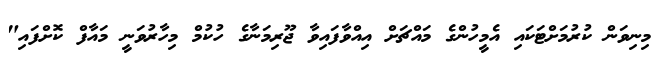
މިނިވަން ކުރުމަށްޓަކައި އެމީހުންގެ މައްޗަށް އިއްވާފައިވާ ޖޫރިމަނާގެ ހުކުމް މިހާރުވަނީ މައާފް ކޮށްފައި"